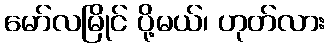
မော်လမြိုင် ပို့မယ်၊ ဟုတ်လား